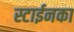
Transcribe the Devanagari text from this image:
स्टाईनका